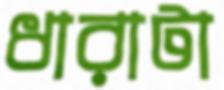
ধারাটা